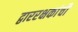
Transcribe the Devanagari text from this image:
द्वाररक्षकांची